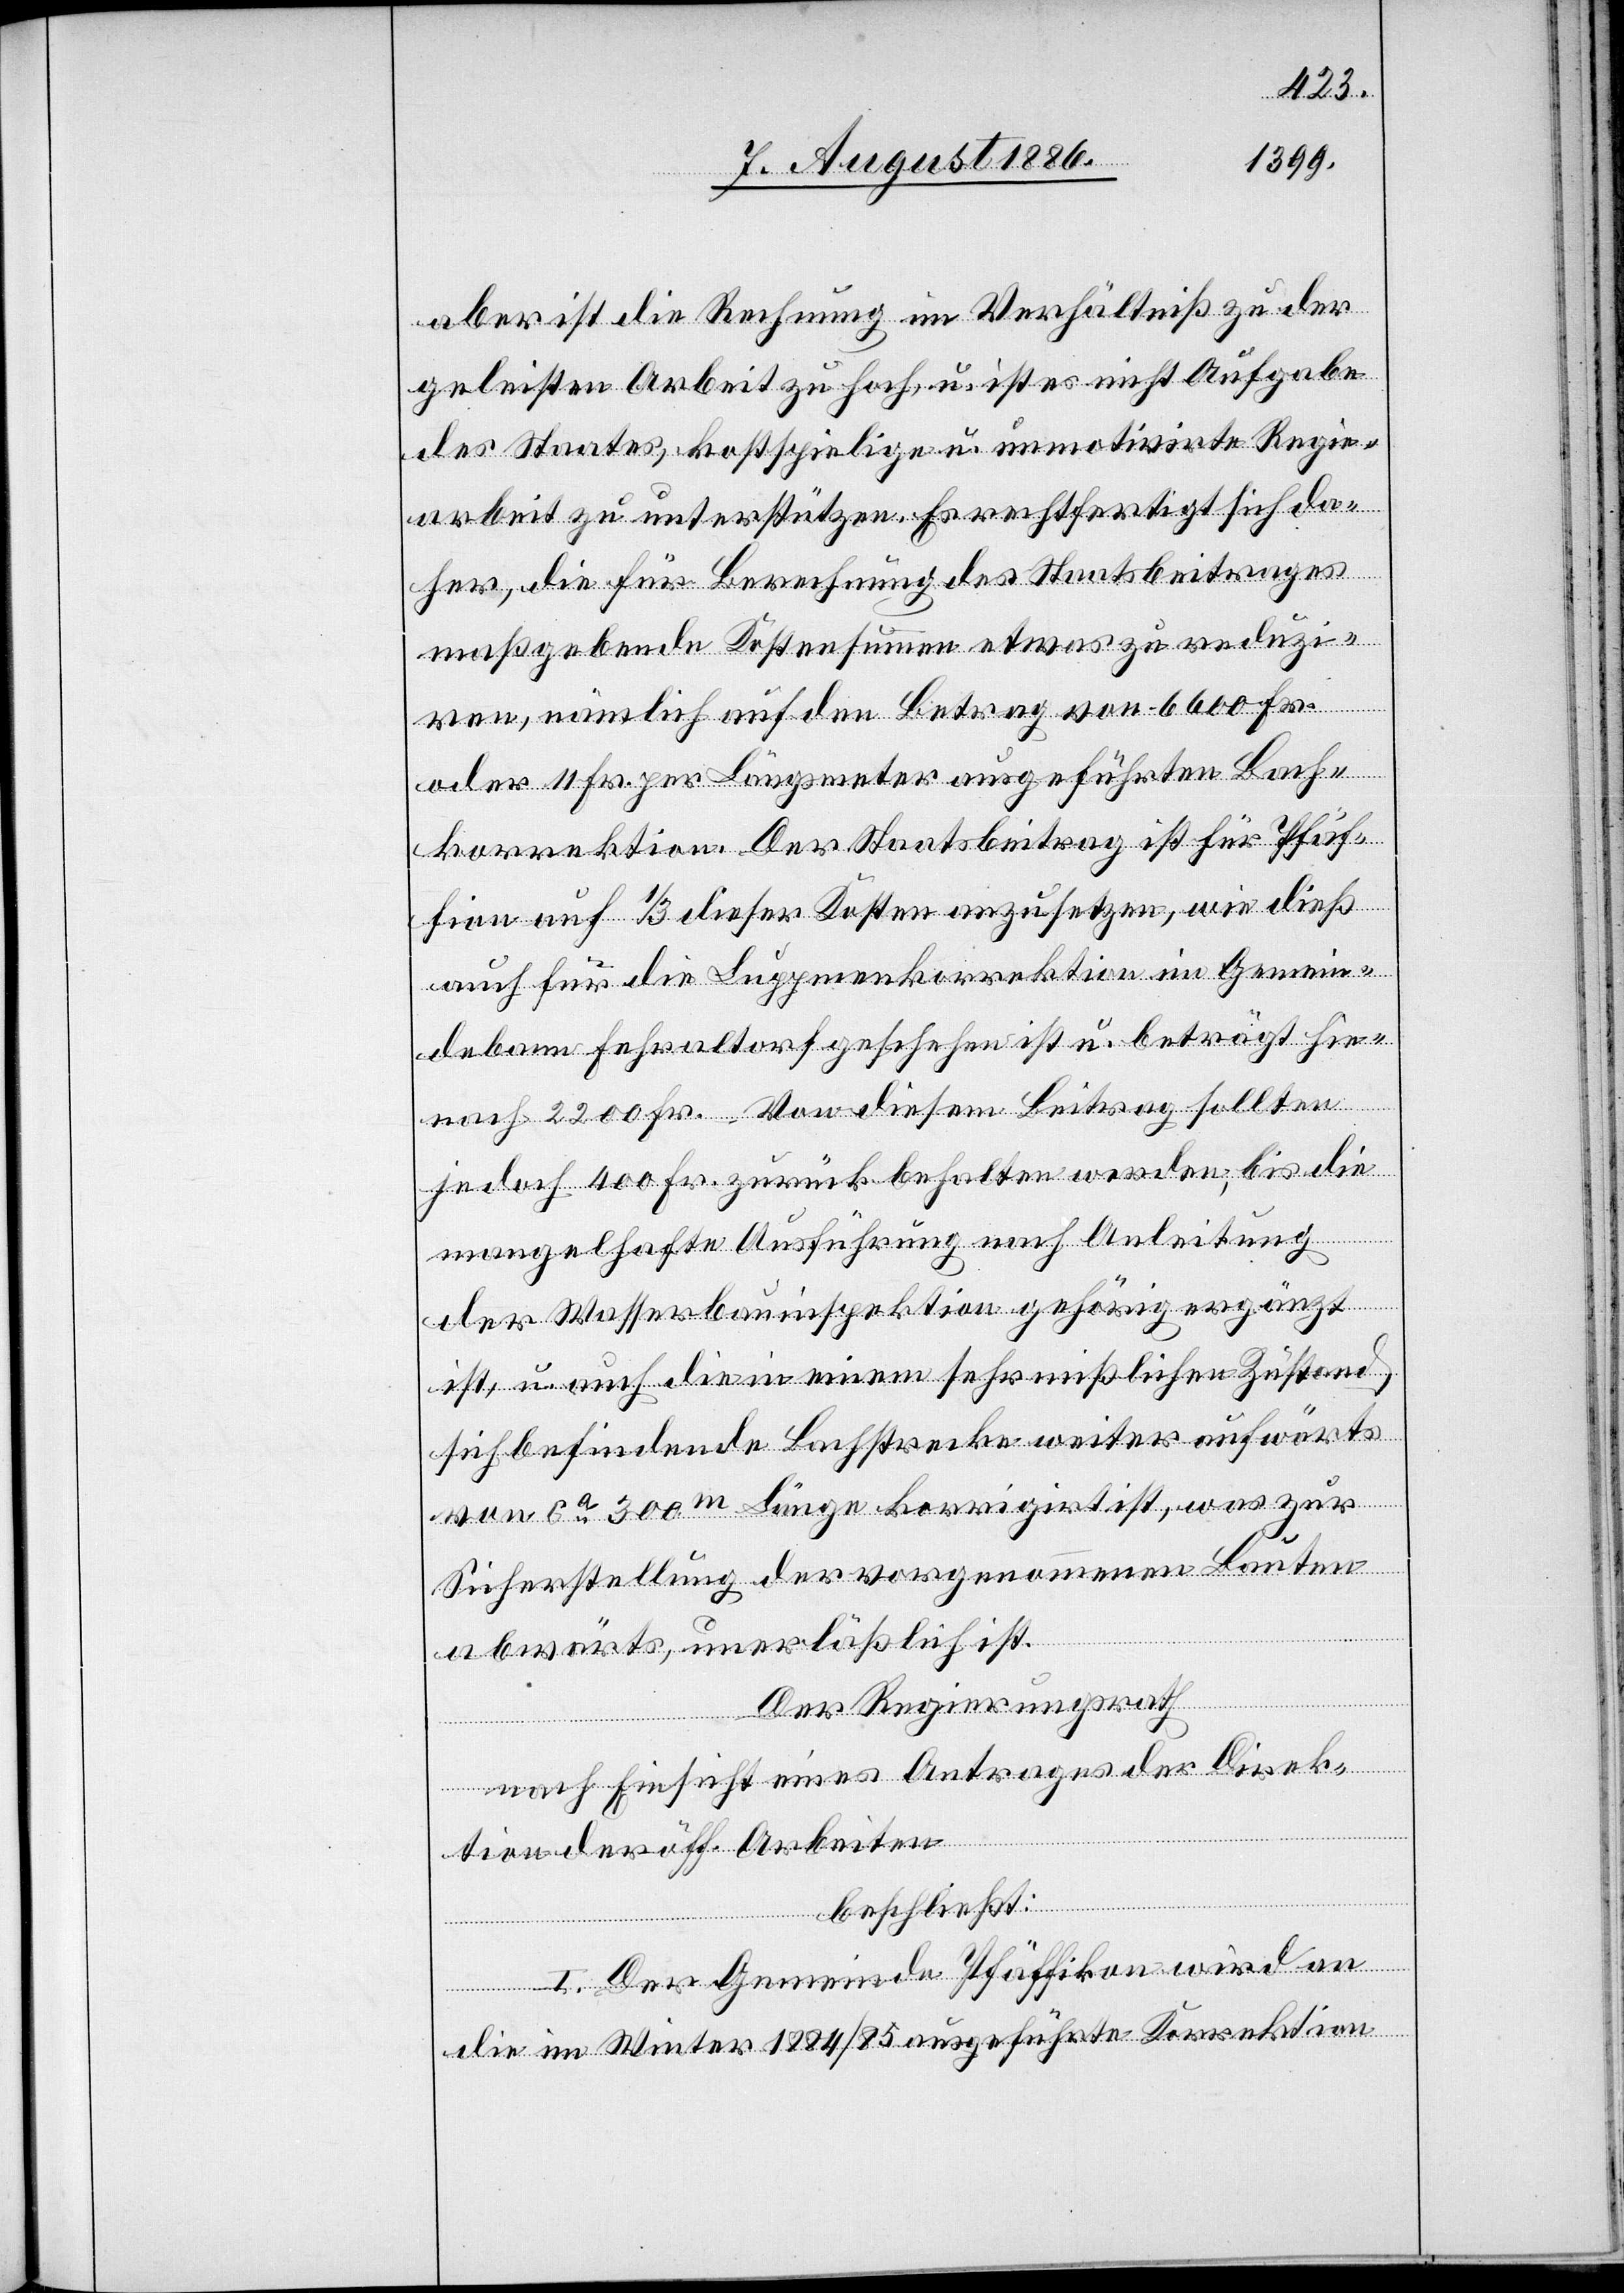
aber ist die Rechnung im Verhältniß zu der
geleiste[te]n Arbeit zu hoch, u. ist es nicht Aufgabe
des States, kostspielige u. unmotivirte Regie¬
arbeit zu unterstützen. Er rechtfertigt sich da¬
her, die für Berechnung des Staatsbeitrages
maßgebende Kostensumme etwas zu reduzi¬
ren, nämlich auf den Betrag von 6600 Fr.
oder 11 Fr. per Längsmeter ausgeführten [recte:
korrektion. Der Staatsbeitrag ist für Pfäf¬
fikon auf 1/3 dieser Kosten anzusetzen, wie dieß
auch für die Luppmenkorrektion im Gemein¬
debann Fehraltorf geschehen ist u. beträgt hie¬
nach 2200 Fr. Von diesem Beitrag sollten
jedoch 400 Fr. zurück behalten werden, bis die
mangelhafte Ausführung nach Anleitung
der Wasserbauinspektion gehörig ergänzt
ist, u. auch die in einem sehr mißlichen Zustand
sich befindende Bachstrecke weiter aufwärts
von ca 300m Länge korrigirt ist, was zur
Sicherstellung der vorgenommenen Bauten
abwärts, unerläßlich ist.
Der Regierungsrath
Bach¬
nach Einsicht eines Antrages der Direk¬
tion der öff. Arbeiten,
beschließt:
I. Der Gemeinde Pfäffikon wird an
die im Winter 1884/85 ausgeführte Korrektion